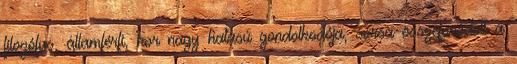
filozófus, államférfi, kor nagy hatású gondolkodója, sorsa összefonódott a